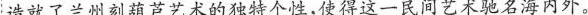
造就了兰州刻葫芦艺术的独特个性，使得这一民间艺术驰名海内外。